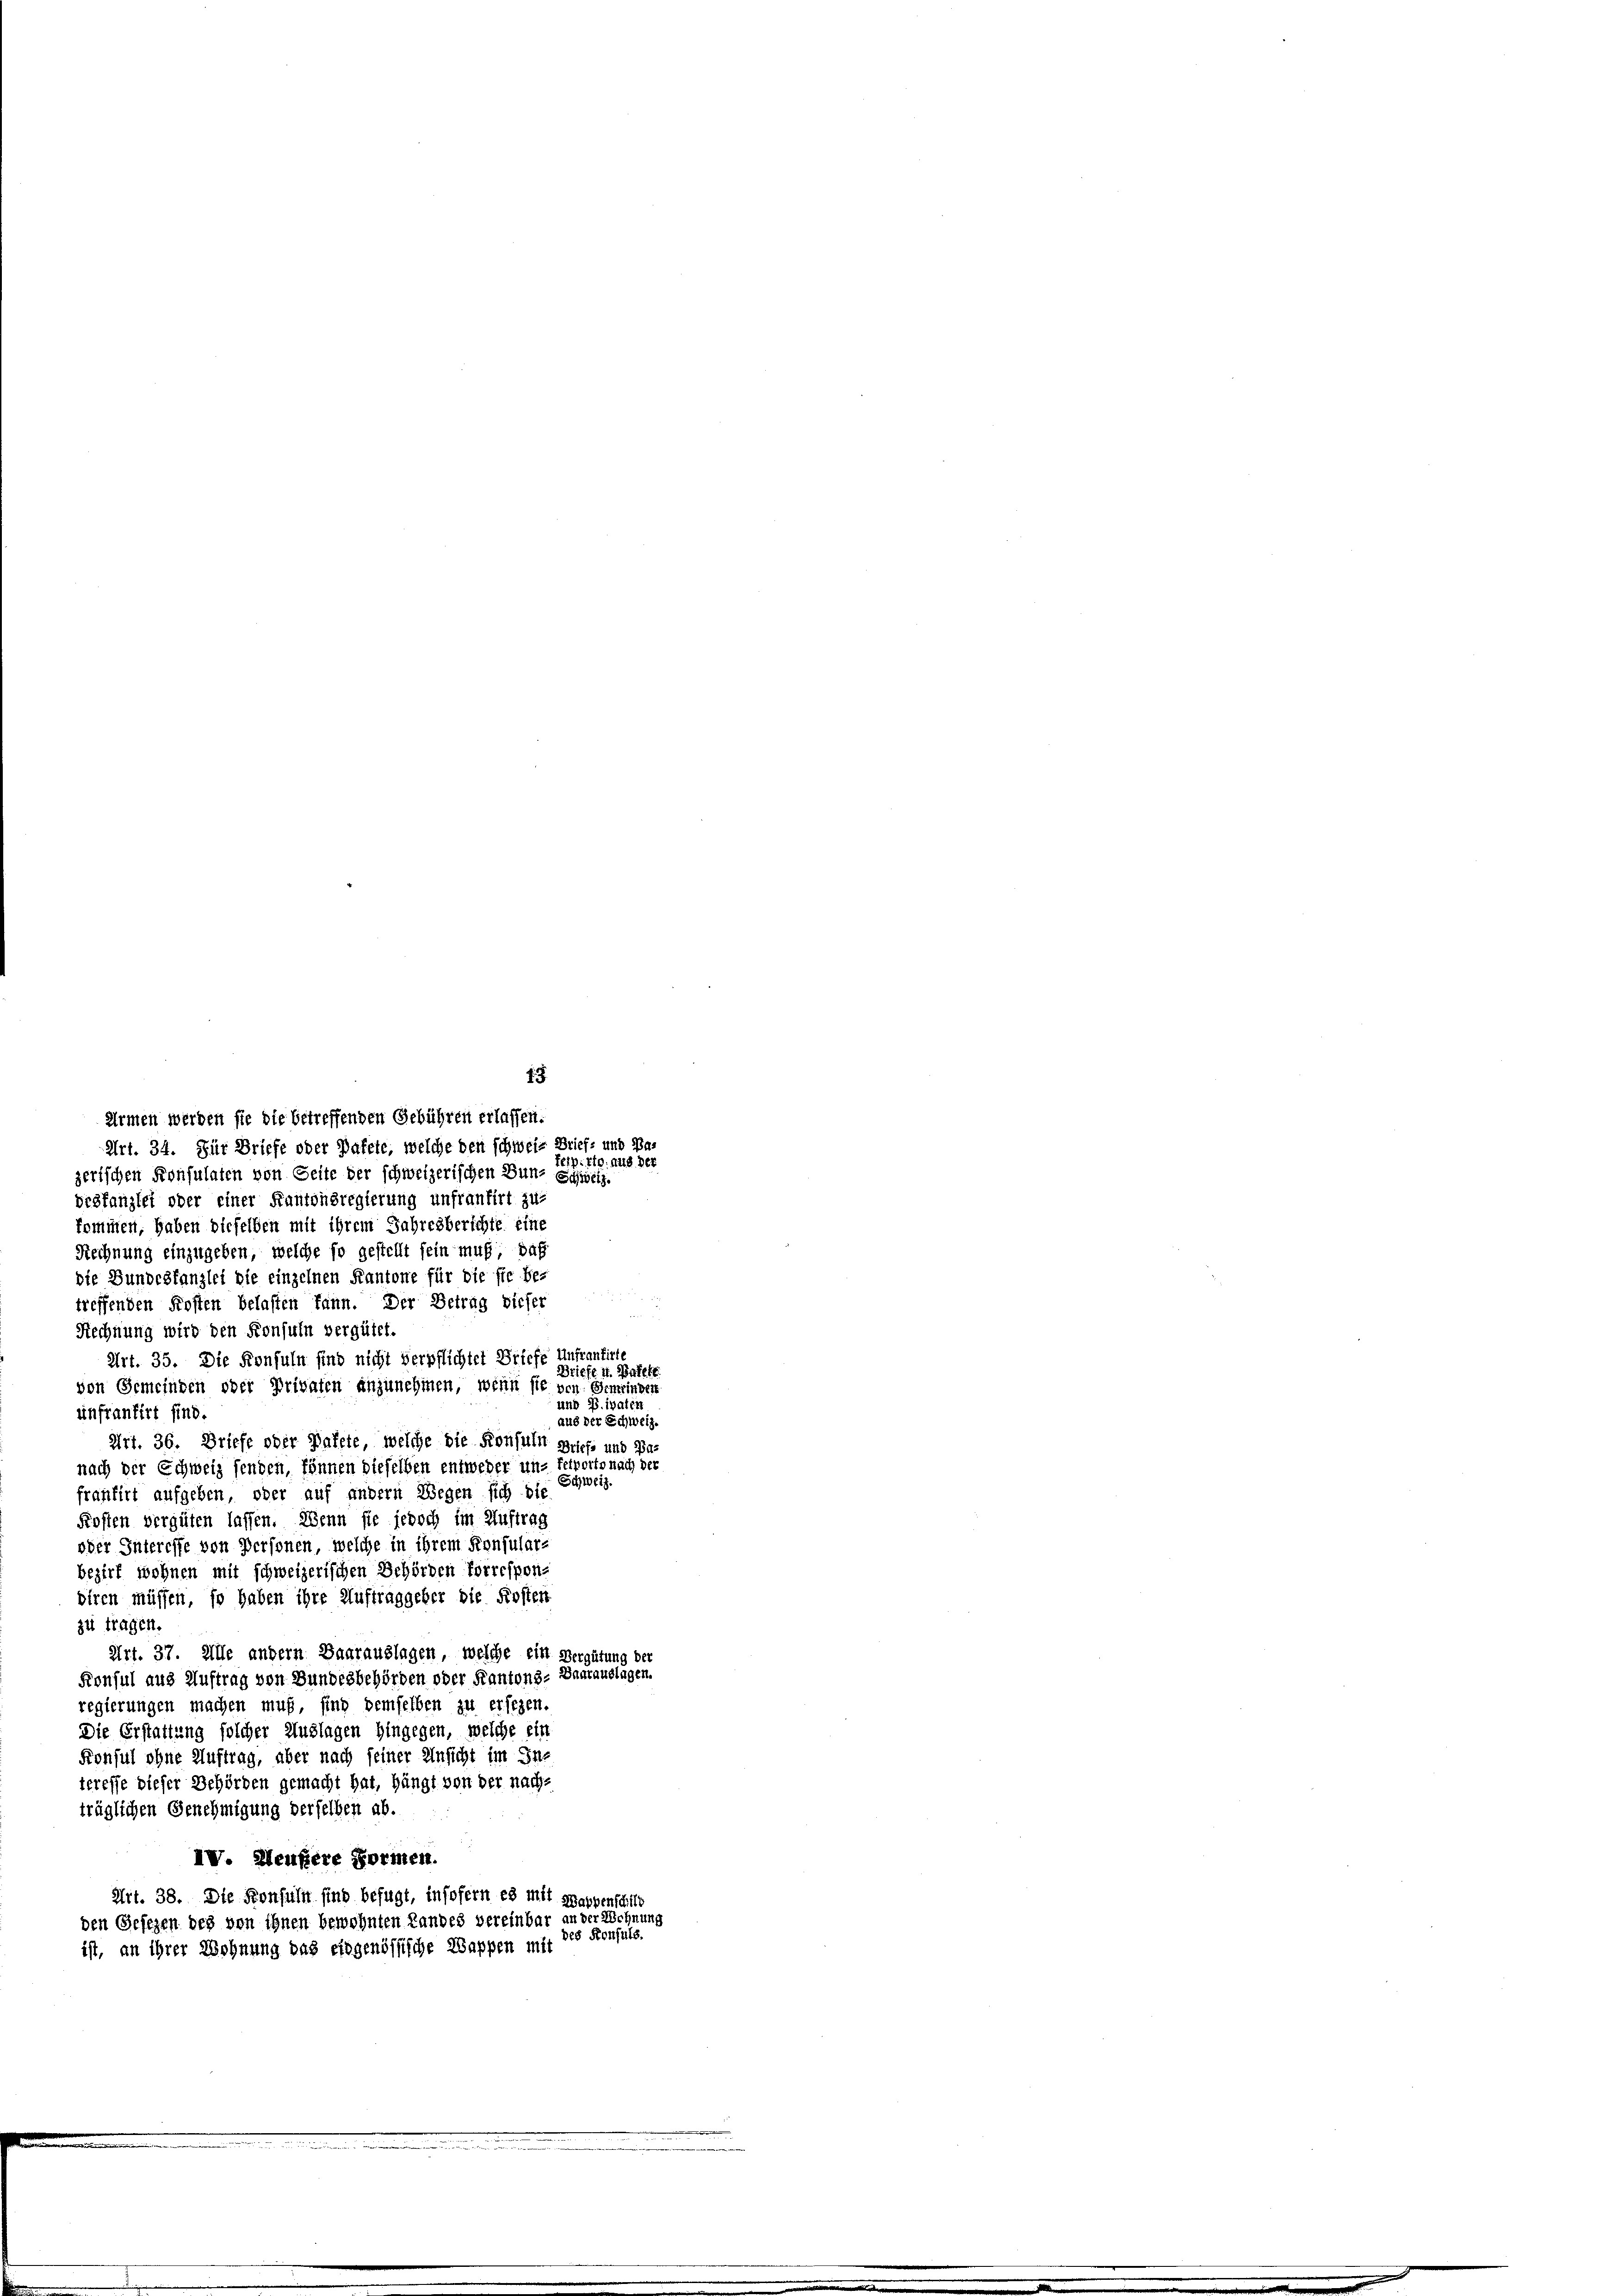
1
Armen werden sie die betreffenden Gebühren erlassen.

Art. 34. Für Briefe oder Dafete, welche den schweiz Brief- und Pafeipiftg. aus der
zerischen Konsulaten von Seite der schweizerischen Bun- Schweiz.
destanzlei oder einer Kantonsregierung unfrantirt zu-
kommen, haben dieselben mit ihrem Jahresberichte eine
Rechnung einzugeben, welche so gestellt sein muß, daß
die Bundestanzlei die einzelnen Kantone für die sie be-
treffenden Kosten belasten kann. Der Betrag dieser
Rechnung wird den Konsuln vergütet.
Art. 35. Die Konsuln sind nicht verpflichtet Briefe Anfrantirte
Briefl. 4. Balett
von Gemeinden oder Privaten anzunehmen, wenn sie von Gemeinder
und Privaten
infrantirt sind.
aus der Schweiz.
Art. 36. Briefe oder Pakete, welche die Konsuln Briefe und Bar
nach der Schweiz senden, können dieselben entweder un- ferworts nach der
Schweiz.
frantirt aufgeben, oder auf andern Wegen sich die
Kosten vergüten lassen. Wenn sie jedoch im Auftrag
oder Interesse von Personen, welche in ihrem Konsular-
bezirk wohnen mit schweizerischen Behörden Vorrespon-
biren müssen, so haben ihre Auftraggeber die Kosten
zu tragen.
Art. 37. Alle andern Baarauslagen, welche ein Vergütung der
Konsul aus Auftrag von Bundesbehörden oder Kantons- Baarauslagen.
regierungen machen muß, sing demselben zu ersezen.
Die Erstattung solcher Auslagen hingegen, welche ein
Konsul ohne Auftrag, aber nach seiner Unsicht im In-
teresse dieser Behörden gemacht hat, hängt von der nach-
träglichen Genehmigung derselben ab.
IV. Heußere Formen.
Art. 38. Die Konfüllt sind befugt, insofern es mit Graubenschild
den Gesezen bey von ihnen bewohnten Landes vereinbar an der Wohnung
28 Konsuls.
ist, an ihrer Wohnung das eingenössische Wappen mit